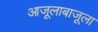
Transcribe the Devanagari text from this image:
आजूलाबाजूला